Code of medical and sanitary regulations for the guidance of medical officers serving in the Madras Presidency - Volume I
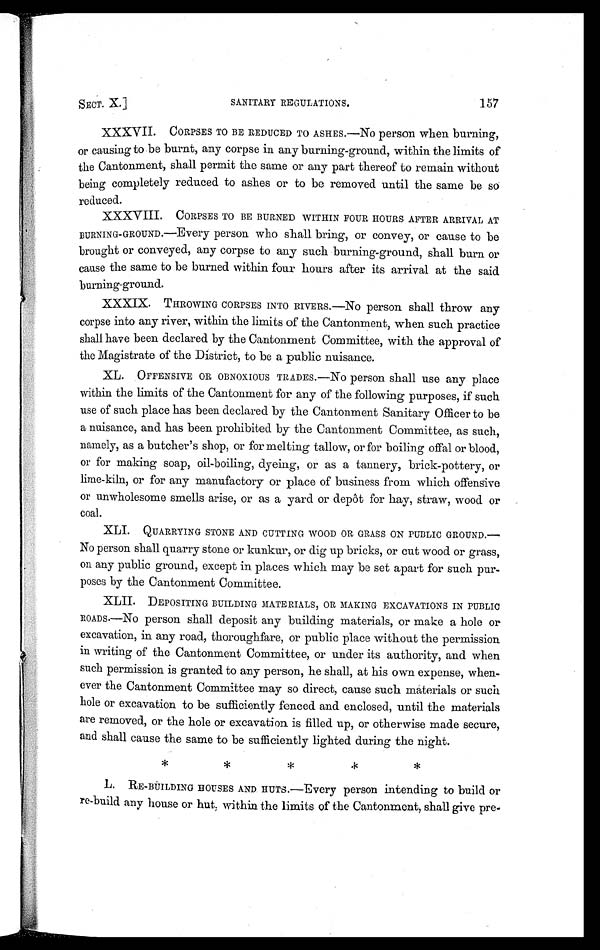
SECT. X.]
SANITARY REGULATIONS.
157
XXXVII. CORPSES TO BE REDUCED TO ASHES.—No person when burning,
or causing to be burnt, any corpse in any burning-ground, within the limits of
the Cantonment, shall permit the same or any part thereof to remain without
being completely reduced to ashes or to be removed until the same be so
reduced.
XXXVIII. CORPSES TO BE BURNED WITHIN FOUR HOURS AFTER ARRIVAL AT
BURNING-GROUND.—Every person who shall bring, or convey, or cause to be
brought or conveyed, any corpse to any such burning-ground, shall burn or
cause the same to be burned within four hours after its arrival at the said
burning-ground.
XXXIX. THROWING CORPSES INTO RIVERS.—No person shall throw any
corpse into any river, within the limits of the Cantonment, when such practice
shall have been declared by the Cantonment Committee, with the approval of
the Magistrate of the District, to be a public nuisance.
XL. OFFENSIVE OR OBNOXIOUS TRADES.—No person shall use any place
within the limits of the Cantonment for any of the following purposes, if such
use of such place has been declared by the Cantonment Sanitary Officer to be
a nuisance, and has been prohibited by the Cantonment Committee, as such,
namely, as a butcher's shop, or for melting tallow, or for boiling offal or blood,
or for making soap, oil-boiling, dyeing, or as a tannery, brick-pottery, or
lime-kiln, or for any manufactory or place of business from which offensive
or unwholesome smells arise, or as a yard or depôt for hay, straw, wood or
coal.
XLI. QUARRYING STONE AND CUTTING WOOD OR GRASS ON PUBLIC GROUND.—
No person shall quarry stone or kunkur, or dig up bricks, or cut wood or grass,
on any public ground, except in places which may be set apart for such pur-
poses by the Cantonment Committee.
XLII. DEPOSITING BUILDING MATERIALS, OR MAKING EXCAVATIONS IN PUBLIC
ROADS.—NO person shall deposit any building materials, or make a hole or
excavation, in any road, thoroughfare, or public place without the permission
in writing of the Cantonment Committee, or under its authority, and when
such permission is granted to any person, he shall, at his own expense, when-
ever the Cantonment Committee may so direct, cause such materials or such
hole or excavation to be sufficiently fenced and enclosed, until the materials
are removed, or the hole or excavation is filled up, or otherwise made secure,
and shall cause the same to be sufficiently lighted during the night.
* * * * *
L. RE-BUILDING HOUSES AND HUTS.—Every person intending to build or
re-build any house or hut, within the limits of the Cantonment, shall give pre-